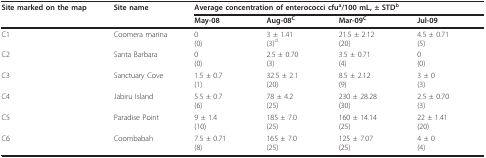
<table><thead><tr><td><b>Site marked on the map</b></td><td><b>Site name</b></td><td colspan="4"><b>Average concentration of enterococci cfu<sup>a</sup>/100 mL, ± STD<sup>b</sup></b></td></tr><tr><td></td><td></td><td><b>May-08</b></td><td><b>Aug-08<sup>C</sup></b></td><td><b>Mar-09<sup>C</sup></b></td><td><b>Jul-09</b></td></tr></thead><tbody><tr><td>C1</td><td>Coomera marina</td><td>0(0)</td><td>3 ± 1.41(3)<sup>d</sup></td><td>21.5 ± 2.12(20)</td><td>4.5 ± 0.71(5)</td></tr><tr><td>C2</td><td>Santa Barbara</td><td>0(0)</td><td>2.5 ± 0.70(3)</td><td>3.5 ± 0.71(4)</td><td>0(0)</td></tr><tr><td>C3</td><td>Sanctuary Cove</td><td>1.5 ± 0.7(1)</td><td>32.5 ± 2.1(20)</td><td>8.5 ± 2.12(9)</td><td>3 ± 0(3)</td></tr><tr><td>C4</td><td>Jabiru Island</td><td>5.5 ± 0.7(6)</td><td>78 ± 4.2(25)</td><td>230 ± 28.28(30)</td><td>2.5 ± 0.70(3)</td></tr><tr><td>C5</td><td>Paradise Point</td><td>9 ± 1.4(10)</td><td>185 ± 7.0(25)</td><td>160 ± 14.14(25)</td><td>22 ± 1.41(20)</td></tr><tr><td>C6</td><td>Coombabah</td><td>7.5 ± 0.71(8)</td><td>165 ± 7.0(25)</td><td>125 ± 7.07(25)</td><td>4 ± 0(4)</td></tr></tbody></table>